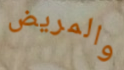
والمريض